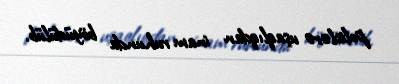
polislərə uşaqlıqdan inam ruhunda böyüdülüb.